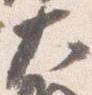
大